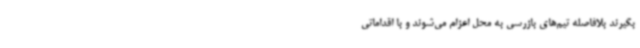
بگیرند بلافاصله تیم‌های بازرسی به محل اعزام می‌شوند و با اقداماتی